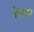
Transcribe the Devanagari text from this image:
बेल्ला